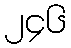
၂၄၆